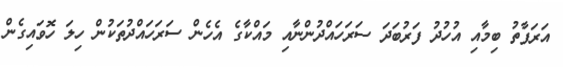
އަރަފާތު ބިމާއި އުހުދު ފަރުބަދަ ސަރަހައްދުންނާއި މައްކާގެ އެހެން ސަރަހައްދުތަކުން ހިލަ ހޮވައިގެން